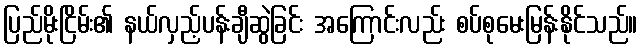
ပြည်မိုးငြိမ်း၏ နယ်လှည့်ပန်းချီဆွဲခြင်း အကြောင်းလည်း စပ်စုမေးမြန်းနိုင်သည်။